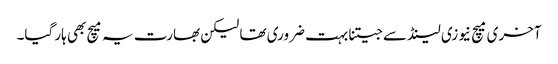
آخری میچ نیوزی لینڈ سے جیتنا بہت ضروری تھا لیکن بھارت یہ میچ بھی ہار گیا۔